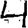
Digit: 4